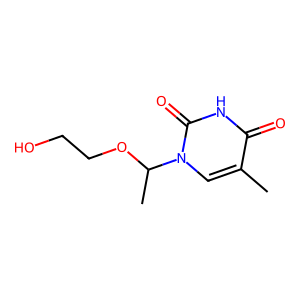
SMILES: Cc1cn(C(C)OCCO)c(=O)[nH]c1=O
Inhibits HIV replication: No